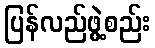
ပြန်လည်ဖွဲ့စည်း